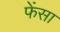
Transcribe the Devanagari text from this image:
फेंसा